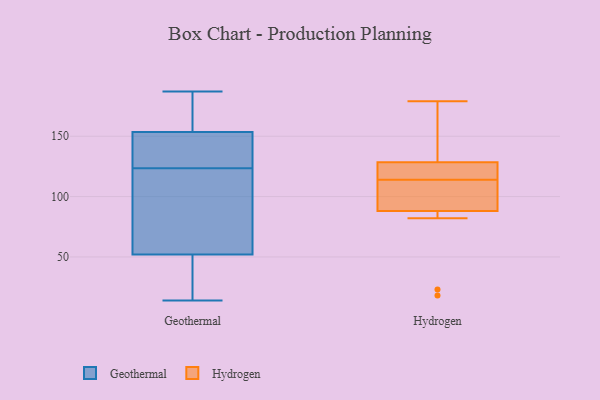
{"axis": {"x": "Backlog", "y": "Value"}, "legend": ["Geothermal", "Hydrogen"], "data": [{"x": "", "y": 131, "type": "Geothermal"}, {"x": "", "y": 143, "type": "Geothermal"}, {"x": "", "y": 187, "type": "Geothermal"}, {"x": "", "y": 21, "type": "Geothermal"}, {"x": "", "y": 14, "type": "Geothermal"}, {"x": "", "y": 109, "type": "Geothermal"}, {"x": "", "y": 95, "type": "Geothermal"}, {"x": "", "y": 149, "type": "Geothermal"}, {"x": "", "y": 171, "type": "Geothermal"}, {"x": "", "y": 185, "type": "Geothermal"}, {"x": "", "y": 179, "type": "Geothermal"}, {"x": "", "y": 116, "type": "Geothermal"}, {"x": "", "y": 66, "type": "Geothermal"}, {"x": "", "y": 138, "type": "Geothermal"}, {"x": "", "y": 33, "type": "Geothermal"}, {"x": "", "y": 141, "type": "Geothermal"}, {"x": "", "y": 14, "type": "Geothermal"}, {"x": "", "y": 106, "type": "Geothermal"}, {"x": "", "y": 158, "type": "Geothermal"}, {"x": "", "y": 38, "type": "Geothermal"}, {"x": "", "y": 82, "type": "Hydrogen"}, {"x": "", "y": 129, "type": "Hydrogen"}, {"x": "", "y": 106, "type": "Hydrogen"}, {"x": "", "y": 179, "type": "Hydrogen"}, {"x": "", "y": 107, "type": "Hydrogen"}, {"x": "", "y": 18, "type": "Hydrogen"}, {"x": "", "y": 23, "type": "Hydrogen"}, {"x": "", "y": 127, "type": "Hydrogen"}, {"x": "", "y": 136, "type": "Hydrogen"}, {"x": "", "y": 114, "type": "Hydrogen"}, {"x": "", "y": 124, "type": "Hydrogen"}]}